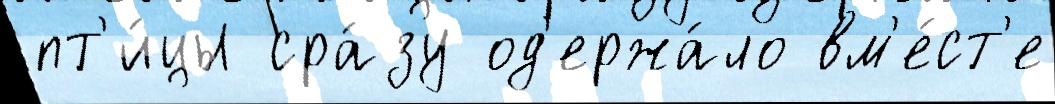
пт'и́цы сра́зу од'ержа́ло вм'е́ст'е